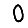
Digit: 0